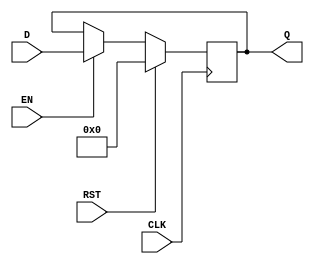
module REG16(D, Q, CLK, RST, EN);

input CLK, EN, RST;
input [15:0] D;
output reg [15:0] Q;


always @(posedge CLK)
begin
	if (RST)
		Q <= 16'b0;
	else
		if (EN)
			Q <= D;
end
endmodule